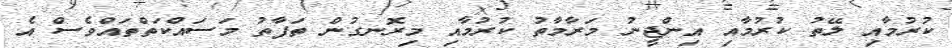
ކުރުމާއި ލޭތު ކުރުމާއި އިންޖީނު މަރާމާތު ކުރުމާއި މިރޮނގުން ތަފާތު މަސައްކަތްތައްވެސް އެ